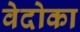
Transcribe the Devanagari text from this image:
वेदोका